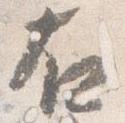
右